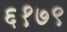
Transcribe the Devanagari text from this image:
६१७९